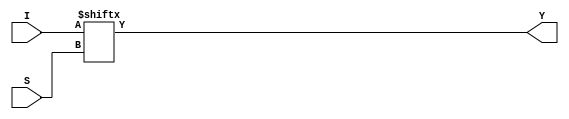
module mux_4_1_df(Y,I,S);
  input [3:0]I;
  input [1:0]S;
  output Y;
  
  assign Y=I[S];
  
endmodule